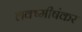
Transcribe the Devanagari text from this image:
लक्ष्मीषंकर